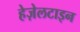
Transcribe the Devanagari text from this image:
हेज़ेलटाइन